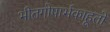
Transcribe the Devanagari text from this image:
भीतगोपार्भकाहूतो